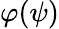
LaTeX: \varphi(\psi)